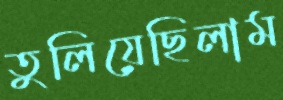
তুলিয়েছিলাম